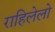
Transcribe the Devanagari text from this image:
राहिलेलो